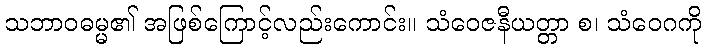
သဘာဝဓမ္မ၏ အဖြစ်ကြောင့်လည်းကောင်း။ သံဝေဇနီယတ္တာ စ၊ သံဝေဂကို